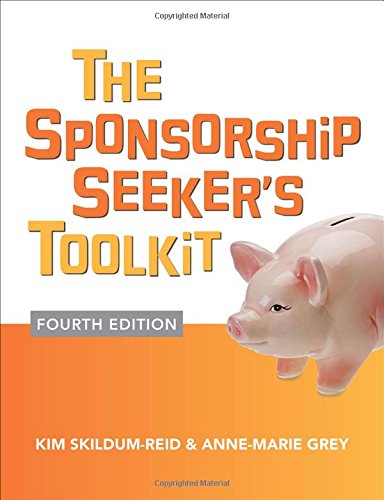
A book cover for The Sponsorship Seeker's Toolkit, Fourth Edition; Kim Skildum-Reid; Business & Money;